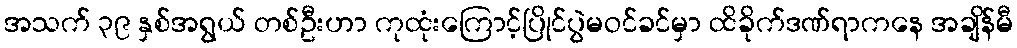
အသက် ၃၉ နှစ်အရွယ် တစ်ဦးဟာ ကုထုံးကြောင့်ပြိုင်ပွဲမဝင်ခင်မှာ ထိခိုက်ဒဏ်ရာကနေ အချိန်မီ